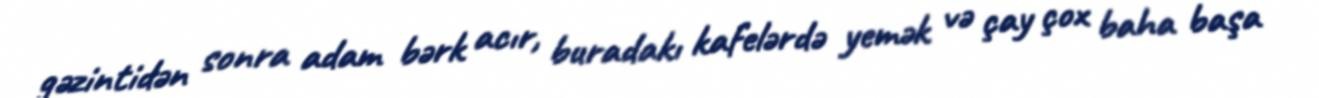
gəzintidən sonra adam bərk acır, buradakı kafelərdə yemək və çay çox baha başa